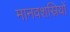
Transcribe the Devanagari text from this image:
मानवशस्रियों